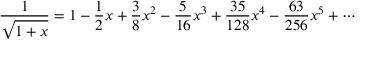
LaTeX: { \frac { 1 } { \sqrt { 1 + x } } } = 1 - { \frac { 1 } { 2 } } x + { \frac { 3 } { 8 } } x ^ { 2 } - { \frac { 5 } { 1 6 } } x ^ { 3 } + { \frac { 3 5 } { 1 2 8 } } x ^ { 4 } - { \frac { 6 3 } { 2 5 6 } } x ^ { 5 } + \cdots